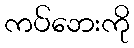
ကပ်ဘေးကို